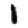
Digit: 1